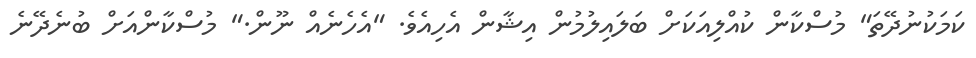
ކަމަކުނުދޭތަ" މުސްކާން ކުއްލިއަކަށް ބަލައިލުމުން އިޝާން އެހިއެވެ. "އެހެނެއް ނޫން." މުސްކާންއަށް ބުނެދޭނެ